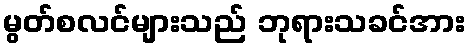
မွတ်စလင်များသည် ဘုရားသခင်အား